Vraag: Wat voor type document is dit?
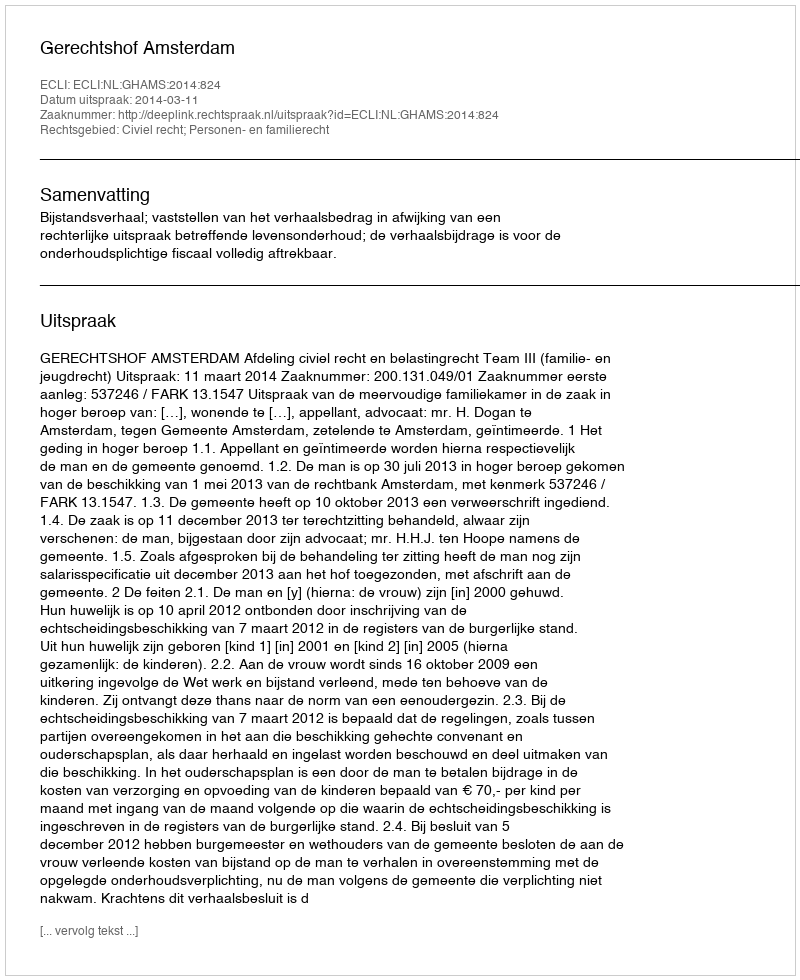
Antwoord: Uitspraak